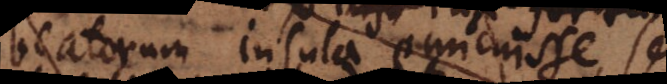
beatorum insula emicuisse, sed